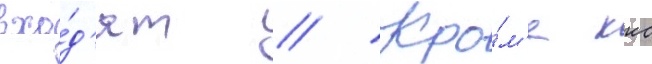
вхо́д'ят // Кро́м'е ккс